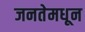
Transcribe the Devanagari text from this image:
जनतेमधून